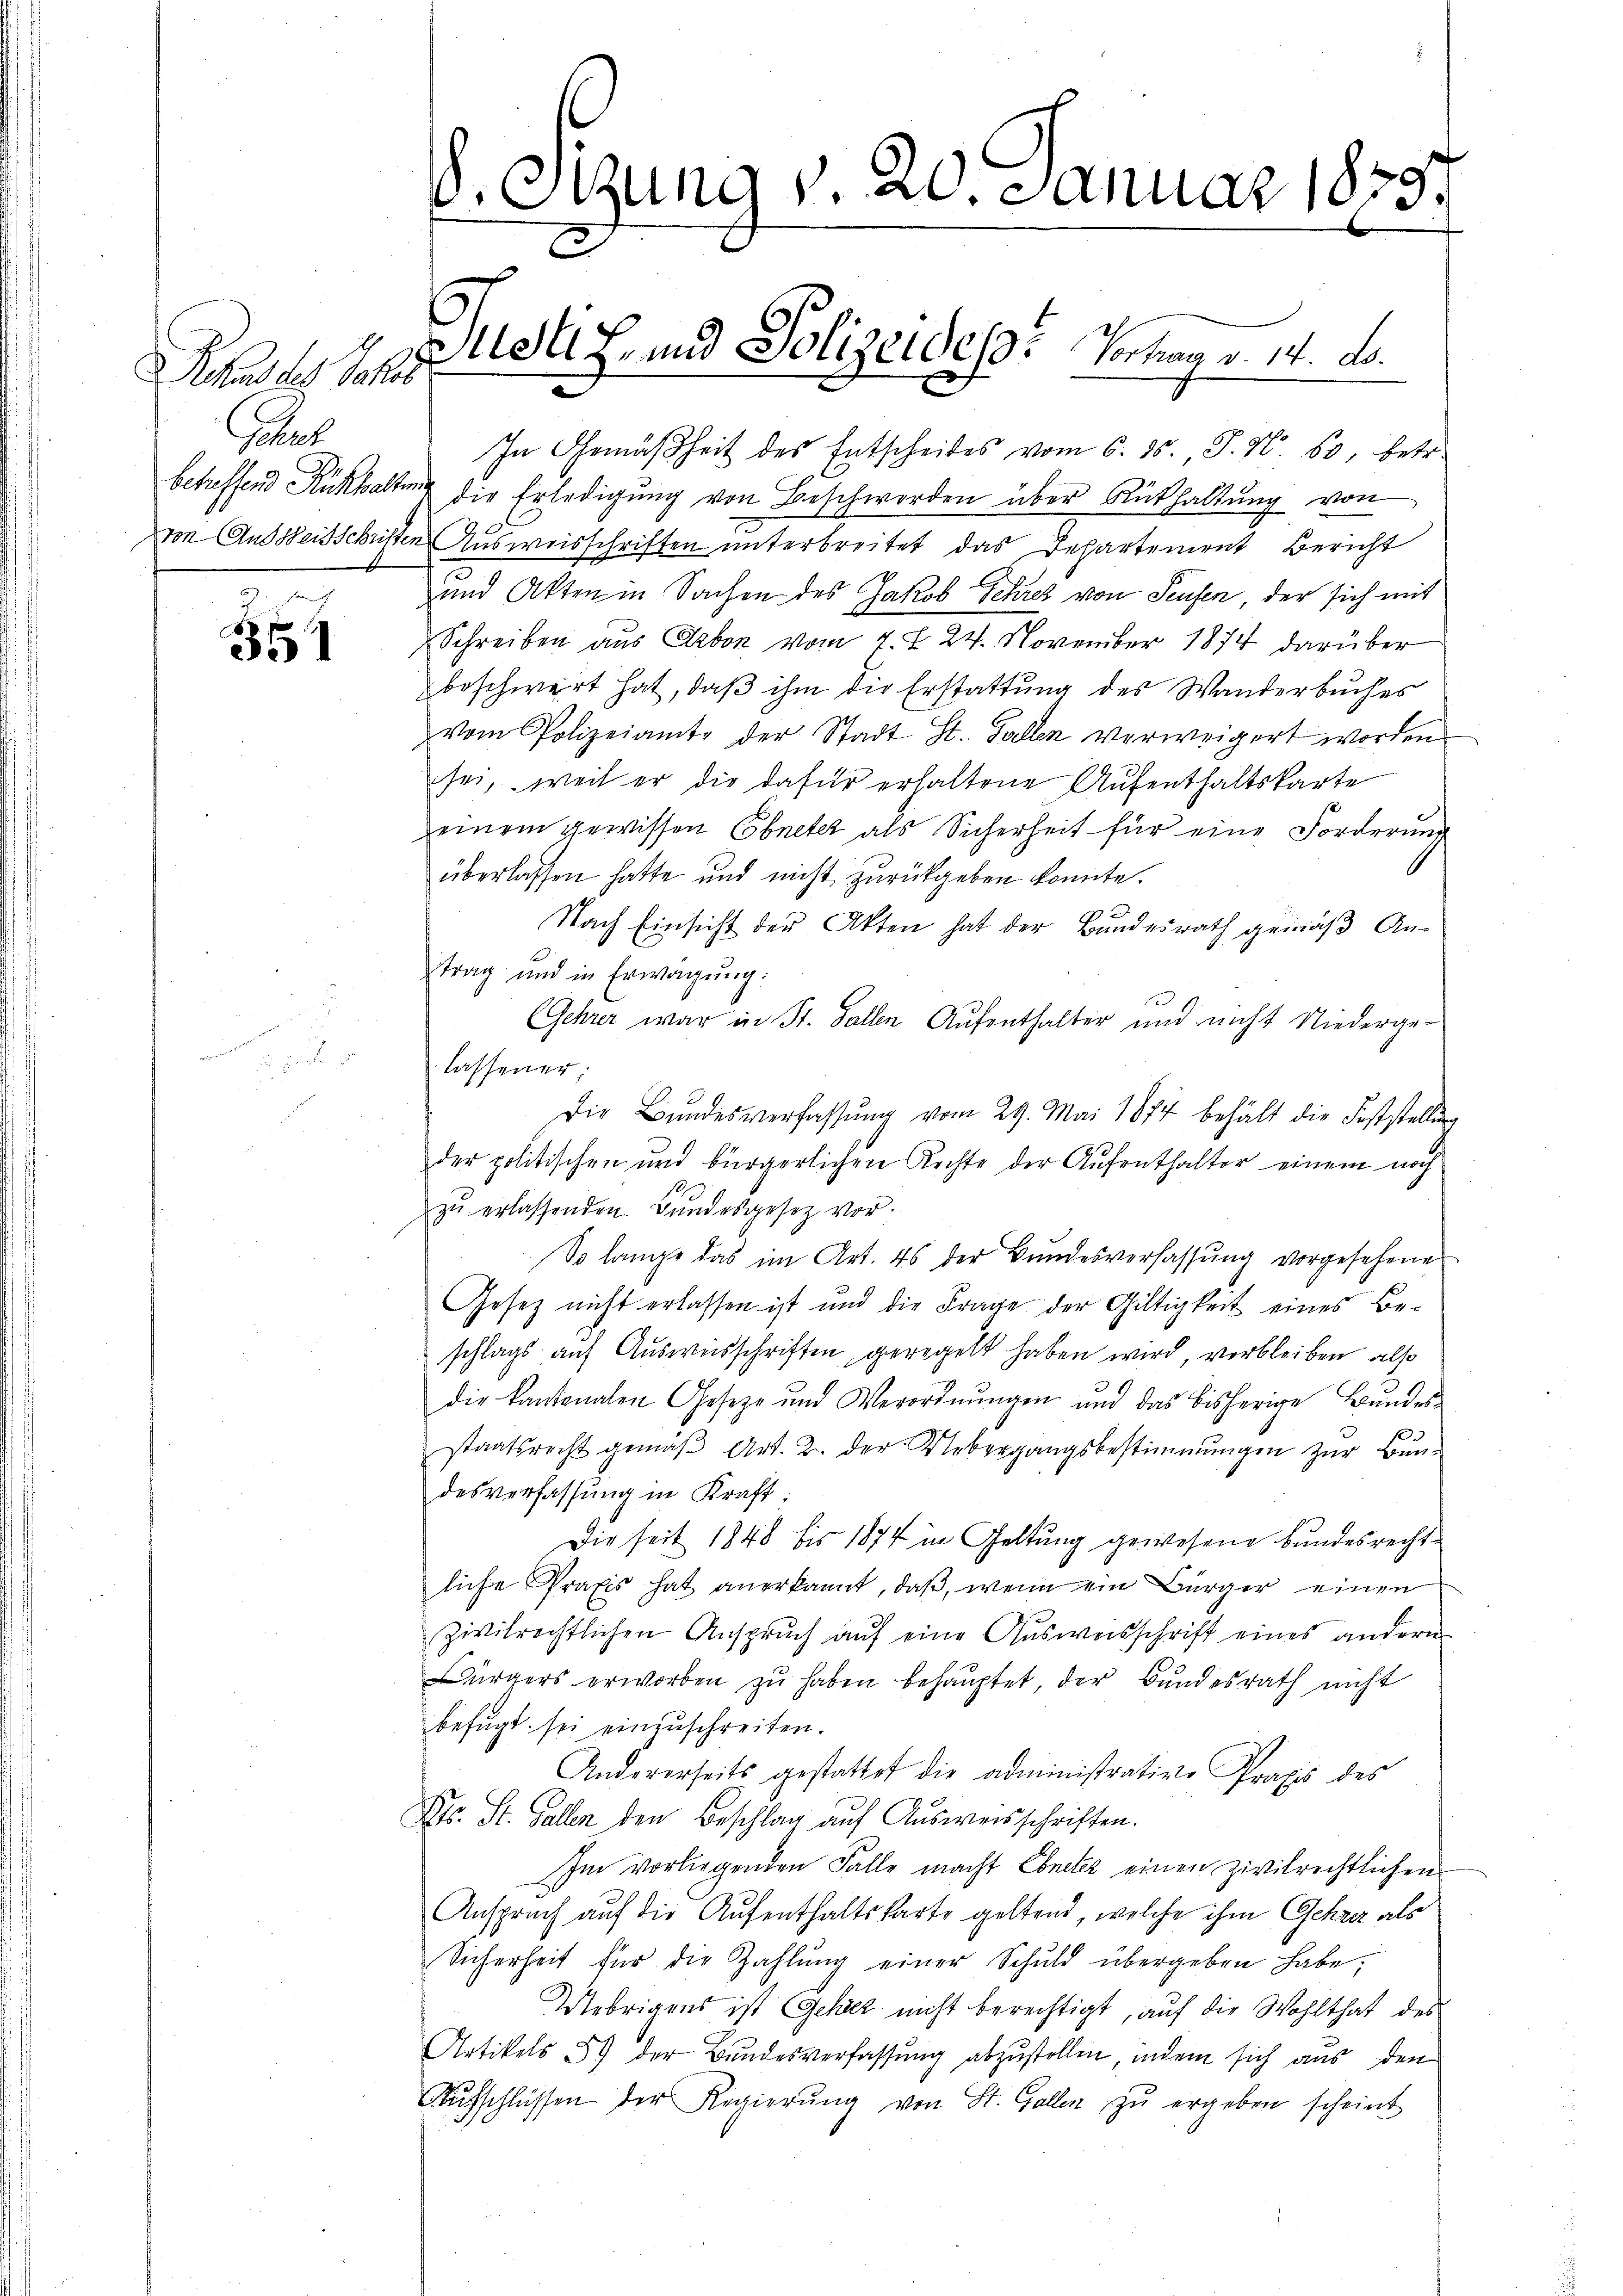
Rhus des Schu
Paluch

mach
0 f
i

Sitzung d. 20 Januar 1835.

In Gemäßheit des Entscheides vom 6. ds., J. N. 60, betr.
betreffend Rückhaltung die Erledigung von Beschworden über Rückhaltung von
von Aus Weisschristen Ausweisschriften unterbreitet das Departement Bericht
und Akten in Sachen des Jakob Schres von Seufen, der sich mit
Schreiben aus Arbon vom 7. d. 24. November 1874 darüber
beschwert hat, daß ihm die Erstattung des Wanderbuches
vom Polizeiamte der Stadt St. Gallen verweigert worden
sei, weil er die dafür erhaltene Aufenthaltskarte
einem gewissen Ebneter als Sicherheit für eine Forderung
überlassen hatte und nicht zurückgeben konnte.
17 x
Nach Einsicht der Akten hat der Bundesrath gemäß Antrag und in Erwägŭng:
(Gehrer war in St. Gallen Aufenthalter und nicht Niederge-
lassener:
Die Bŭndesverfassŭng vom 29. Mai 1874 behält die Feststellung
der politischen und bürgerlichen Rechte der Aufenthalter einem noch
s
zŭ erlassenden Bundesgesetz vor.
So lange das im Art. 46 der Bundesverfassung vorgesehene
Gesetz nicht erlassen ist und die Frage der Gültigkeit eines Beschlags auf Ausweisschriften geregelt haben wird, verbleiben, also
die kantonalen Gesetze und Verordnŭngen und das bisherige Bŭndes-
staatsrecht gemäβ Art. 2. der Uebergangsbestimmungen zŭr Bŭn-
desverfassung in Kraft:
Die seit 1848 bis 1874 in Geltung gewesene Bundesrechtliche Praxis hat anerkannt, daß, wenn ein Bürger einen
zivilrechtlichen Anspruch auf eine Ausweisschrift eines andern
ürgers erworben zu haben behauptet, der Bundesrath nicht
befugt sei einzuschreiten.
Andererseits gestattet die administrative Praxis des
Kts. St. Gallen den Beschlag aŭf Aŭsweisschriften.
Im vorliegenden Falle macht Ebneter einen zivilrechtlichen
Ansprach auf die Aufenthaltskarte geltend, welche ihm Gehrer als
Sicherheit für die Zahlŭng einer Schuld übergeben habe,
Uebrigens ist Gehez nicht berechtigt, auf die Wohlthat des
Artikels 5 der Bundesverfassung abzustellen, indem sich aus den
Aŭfschlüssen der Regierŭng von St. Gallen zŭ ergeben scheint

Justiz- und Polizeides Vorhan v. 14. ds.